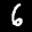
Label: 6